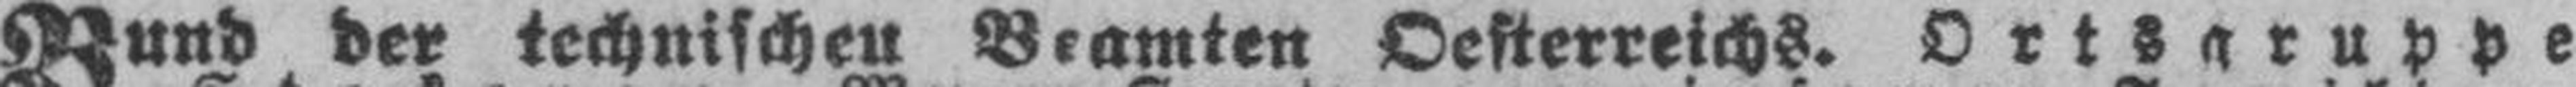
Bund der technischen Beamten Oesterreichs. Ortsgruppe